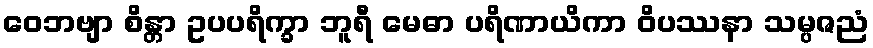
ဝေဘဗျာ စိန္တာ ဥပပရိက္ခာ ဘူရီ မေဓာ ပရိဏာယိကာ ဝိပဿနာ သမ္ပဇညံ